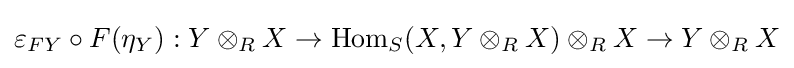
\varepsilon _{FY}\circ F(\eta _{Y}):Y\otimes _{R}X\to \operatorname {Hom} _{S}(X,Y\otimes _{R}X)\otimes _{R}X\to Y\otimes _{R}X